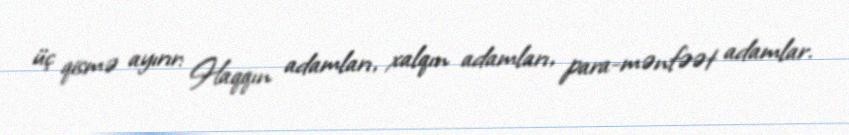
üç qismə ayırır: Haqqın adamları, xalqın adamları, para-mənfəət adamlar.